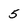
Character: 5